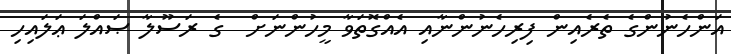
އަންހެނުންގެ ތެރެއިން ފިރިހެނުންނާއި އެއްގޮތަވާ މީހުންނަށް  ގެ ރަސޫލާ ޞައްލަ ޢަލައިހި